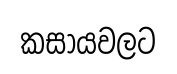
කසායවලට